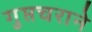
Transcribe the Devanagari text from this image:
गुप्तचराने